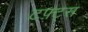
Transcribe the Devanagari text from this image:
टफ़्ट्स